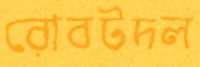
রোবটদল